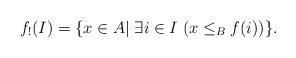
LaTeX: \begin{align*}f_!(I)=\{x \in A | \; \exists i \in I \; (x \leq_B f(i))\}.\end{align*}